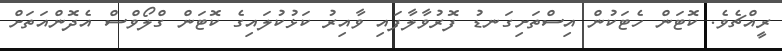
ރީއްޗެވެ. ކޮޓަން ހެޓަކުން އިސްތަށިގަނޑު ފޮރުވާލާފައި ވާއިރު ކަޅުކުލައިގެ ކޮޓަން ގްލޯވްސް އެދޮންއަތަށް